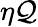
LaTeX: \eta\mathcal{Q}